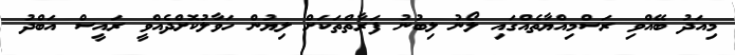
މިއަދު ބޭއްވި ރަސްމިއްޔާތެއްގައި ލޯނު ލިބުނު ފަރާތްތަކަށް ލިޔުން ހަވާލުކޮށްދެއްވީ ރައީސް އަބްދު